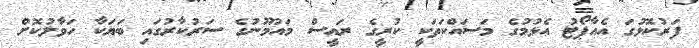
ފަރުކޮޅުގަ އެއާޕޯޓު އެޅުމުގެ މަސައްކަތަކީ ކުރީގެ ރައީސް މައުމޫނުގެ ސަރުކާރުގައި ބަޔަކާ ހަވާލުކޮށް